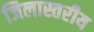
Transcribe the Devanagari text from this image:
जिलास्तरीय